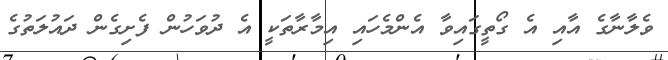
ވެލާނާގެ އާއި އެ ގޯތީގައިވާ އެންމެހައި އިމާރާތަކީ އެ ދުވަހުން ފެށިގެން ދައުލަތުގެ